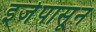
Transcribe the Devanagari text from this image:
इजेपासून